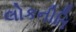
લોકનીતિ